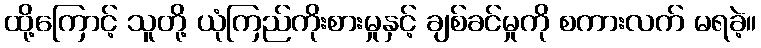
ထို့ကြောင့် သူတို့ ယုံကြည်ကိုးစားမှုနှင့် ချစ်ခင်မှုကို စကားလက် မရခဲ့။